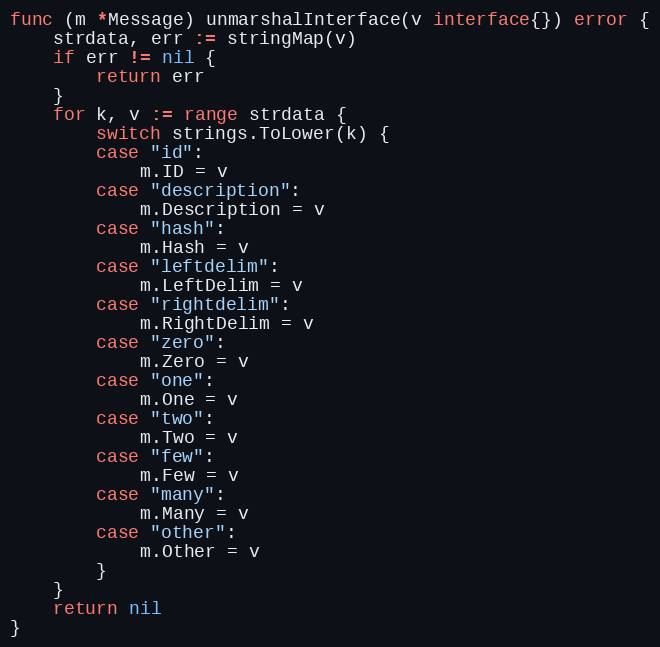
Language: Go
func (m *Message) unmarshalInterface(v interface{}) error {
	strdata, err := stringMap(v)
	if err != nil {
		return err
	}
	for k, v := range strdata {
		switch strings.ToLower(k) {
		case "id":
			m.ID = v
		case "description":
			m.Description = v
		case "hash":
			m.Hash = v
		case "leftdelim":
			m.LeftDelim = v
		case "rightdelim":
			m.RightDelim = v
		case "zero":
			m.Zero = v
		case "one":
			m.One = v
		case "two":
			m.Two = v
		case "few":
			m.Few = v
		case "many":
			m.Many = v
		case "other":
			m.Other = v
		}
	}
	return nil
}